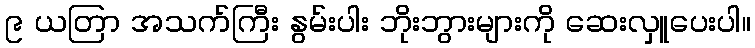
၉ ယတြာ အသက်ကြီး နွမ်းပါး ဘိုးဘွားများကို ဆေးလှူပေးပါ။